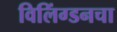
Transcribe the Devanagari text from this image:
विलिंग्डनचा